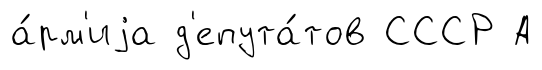
а́рм'иjа д'епута́тов СССР А